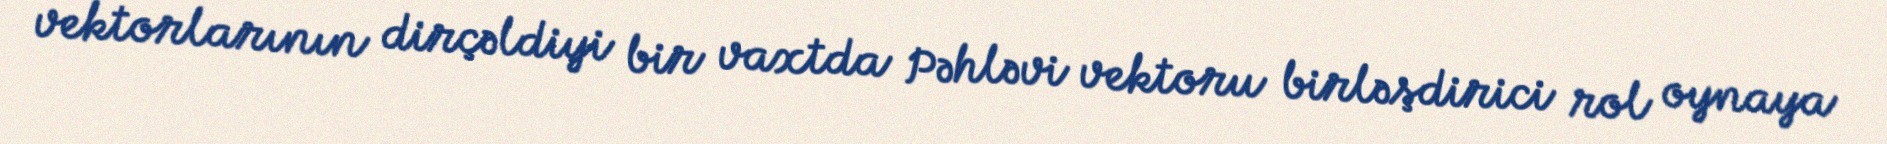
vektorlarının dirçəldiyi bir vaxtda Pəhləvi vektoru birləşdirici rol oynaya